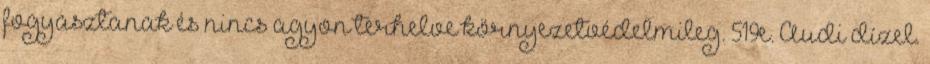
fogyasztanak és nincs agyon terhelve környezetvédelmileg. 519e. Audi dízel.